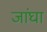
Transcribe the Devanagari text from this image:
जांघा